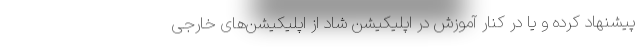
پیشنهاد کرده و یا در کنار آموزش در اپلیکیشن شاد از اپلیکیشن‌های خارجی